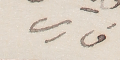
فارس